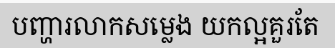
បញ្ហារលាកសម្លេង យកល្អគួរតែ